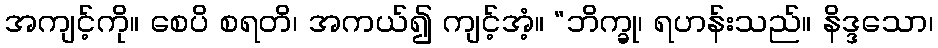
အကျင့်ကို။ စေပိ စရတိ၊ အကယ်၍ ကျင့်အံ့။ “ဘိက္ခု၊ ရဟန်းသည်။ နိဒ္ဒသော၊